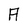
Character: A